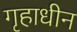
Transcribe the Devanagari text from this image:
गृहाधीन